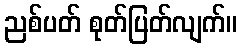
ညစ်ပတ် စုတ်ပြတ်လျက်။